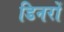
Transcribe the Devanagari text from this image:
डिनरों